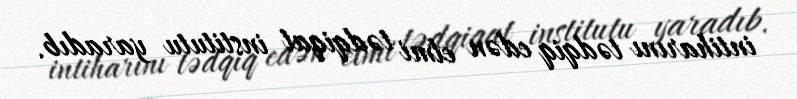
intiharını tədqiq edən elmi tədqiqat institutu yaradıb.